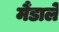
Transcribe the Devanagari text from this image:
मैंडाले